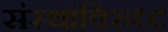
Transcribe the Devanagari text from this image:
संस्थांविरुध्द